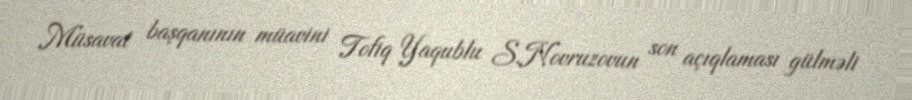
Müsavat başqanının müavini Tofiq Yaqublu S.Novruzovun son açıqlaması gülməli